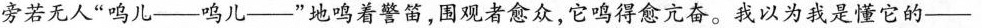
旁若无人”呜儿——鸣儿——”地鸣着警笛，围观者愈众，它鸣得愈亢奋。我以为我是懂它的——